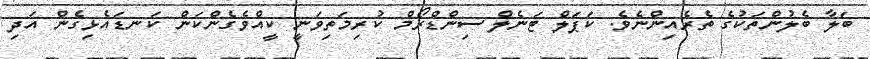
ބަލާ ބެލުންތަކުގެ ތެރެއިންނެވެ. ކަޕަލް ޓަނެލް ސިންޑްރޯމް ކުރިމަތިވަނީ ކީއްވެގެންކަން ކަނޑައެޅިގެން އަދި